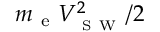
m _ { \mathrm { ~ e ~ } } V _ { _ { \mathrm { ~ S ~ W ~ } } } ^ { 2 } / 2